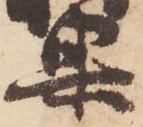
果